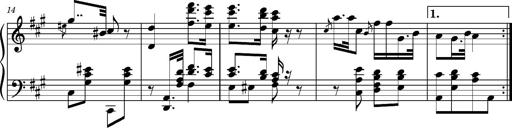
Title: Ungarischer Romanzero
Composer: Franz Liszt